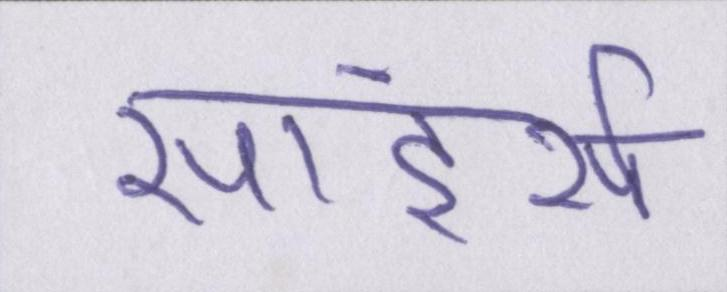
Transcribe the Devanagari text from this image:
सांडर्स